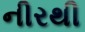
નીરથી